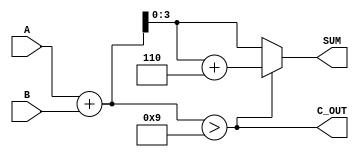
module bcd_adder (
    input  [3:0] A,      // First BCD digit
    input  [3:0] B,      // Second BCD digit
    output [3:0] SUM,    // BCD result
    output C_OUT         // Carry out signal
);

    wire [4:0] binary_sum; // Intermediate sum (5 bits to hold carry)
    wire correction_needed; // Signal to determine if correction is needed

    // Step 1: Binary addition of the two BCD digits
    assign binary_sum = A + B;

    // Step 2: Determine if correction is needed
    assign correction_needed = (binary_sum > 9);

    // Step 3: Calculate the corrected BCD sum
    assign SUM = correction_needed ? (binary_sum + 5'b00110) : binary_sum[3:0];

    // Step 4: Determine carry out signal
    assign C_OUT = correction_needed;

endmodule